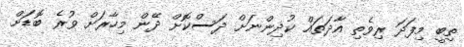
ތިބީ މިފަދަ ރިވެތި އާދަތައް ކުދިންނަށް ދަސްކޮށް ދޭން މިހާރަށް ވުރެ ބޮޑަށް